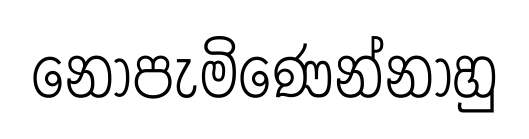
නොපැමිණෙන්නාහු